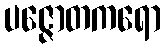
ပဇ္ဇောတကရော